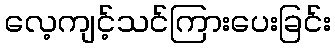
လေ့ကျင့်သင်ကြားပေးခြင်း